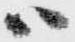
ハ